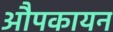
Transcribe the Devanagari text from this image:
औपकायन